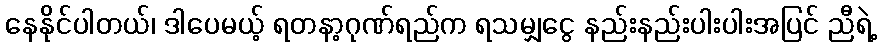
နေနိုင်ပါတယ်၊ ဒါပေမယ့် ရတနာ့ဂုဏ်ရည်က ရသမျှငွေ နည်းနည်းပါးပါးအပြင် ညီရဲ့